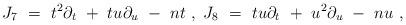
LaTeX: \begin{align*}J_7\ =\ t^2 \partial_t \ + \ t u \partial_u\ - \ n t \ ,\ J_8\ =\ t u\partial_t \ + \ u^2 \partial_u\ - \ n u\ ,\end{align*}